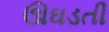
ઊઘડતી